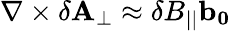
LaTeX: \nabla\times\mathbf{\delta A_{\perp}}\approx\delta B_{||}\mathbf{b_{0}}